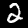
Label: 2